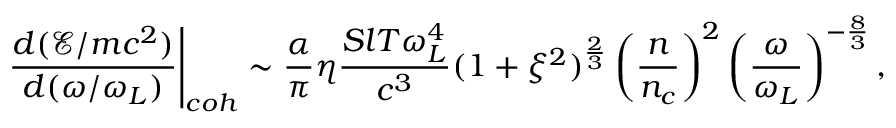
\left. \frac { d ( \mathcal { E } / m c ^ { 2 } ) } { d ( \omega / \omega _ { L } ) } \right| _ { c o h } \sim \frac { \alpha } { \pi } \eta \frac { S l T \omega _ { L } ^ { 4 } } { c ^ { 3 } } ( 1 + \xi ^ { 2 } ) ^ { \frac { 2 } { 3 } } \left( \frac { n } { n _ { c } } \right) ^ { 2 } \left( \frac { \omega } { \omega _ { L } } \right) ^ { - \frac { 8 } { 3 } } ,